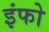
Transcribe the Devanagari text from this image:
इंफो